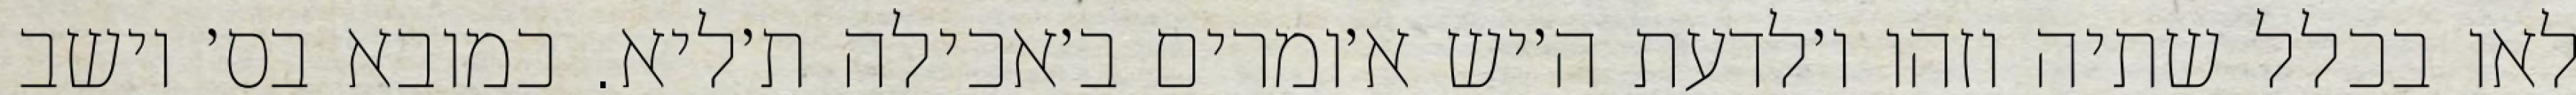
לאו בכלל שתיה וזהו ו׳לדעת ה׳יש א׳ומרים ב׳אכילה ת׳ליא. כמובא בס׳ יושב